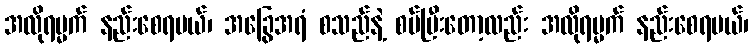
အလိုရမ္မက် နည်းစေရမယ်၊ အခြွေအရံ စသည်နဲ့ စပ်ပြီးတော့လည်း အလိုရမ္မက် နည်းစေရမယ်၊